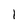
Character: 1